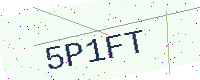
Text: 5P1FT